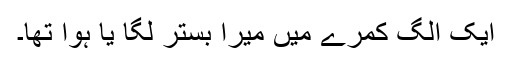
ایک الگ کمرے میں میرا بستر لگا یا ہوا تھا۔